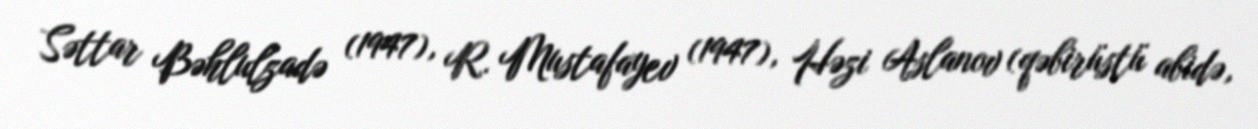
Səttar Bəhlulzadə (1947), R. Mustafayev (1947), Həzi Aslanov (qəbirüstü abidə,